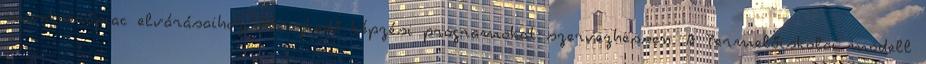
munkaerőpiac elvárásaihoz illeszkedő képzési programokat szervezhessen. A Termelőiskolai modell